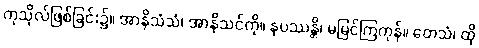
ကုသိုလ်ဖြစ်ခြင်း၌။ အာနိသံသံ၊ အာနိသင်ကို။ နပဿန္တိ၊ မမြင်ကြကုန်။ တေသံ၊ ထို